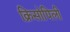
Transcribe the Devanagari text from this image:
क्रिसोपिली